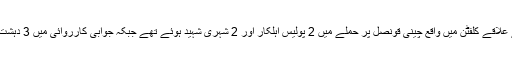
یاد رہے کہ کراچی کے علاقے کلفٹن میں واقع چینی قونصل پر حملے میں 2 پولیس اہلکار اور 2 شہری شہید ہوئے تھے جبکہ جوابی کارروائی میں 3 دہشت گرد مارے گئے تھے۔